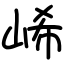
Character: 㟓